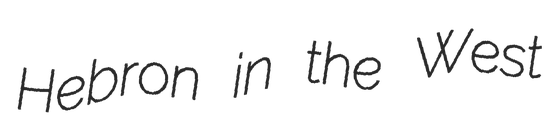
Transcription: Hebron in the West